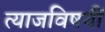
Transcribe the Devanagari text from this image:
त्याजविषयीं